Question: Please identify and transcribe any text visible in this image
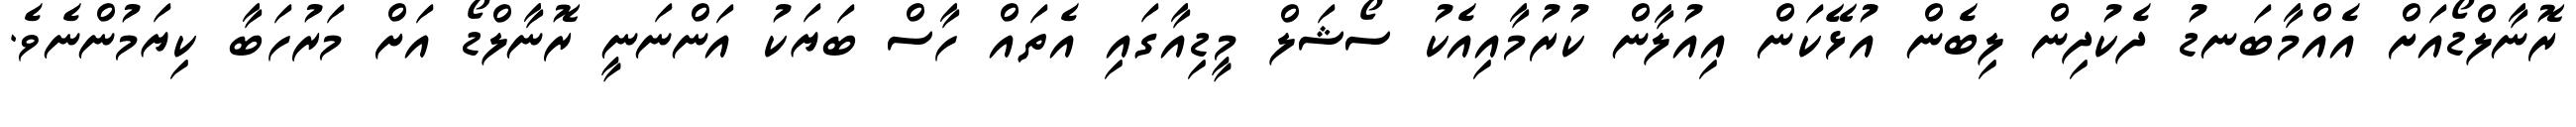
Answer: ރޮނާލްޑޯއަށް އެއްމާބަނޑު ދެކުދިން ލިބެން އުޅޭކަން އިއުލާން ކުރުމާއިއެކު ސޯޝަލް މީޑިއާގައި އެތައް ހާސް ބަޔަކު އަންނަނީ ރޮނާލްޑޯ އަށް މަރުހަބާ ކިޔަމުންނެވެ.